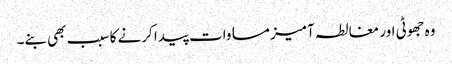
وہ جھوٹی اور مغالطہ آمیز مساوات پیدا کرنے کا سبب بھی بنے۔